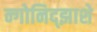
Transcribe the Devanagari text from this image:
न्गोनिद्झाशे